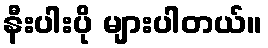
နီးပါးပို များပါတယ်။